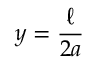
y = \frac { \ell } { 2 a }